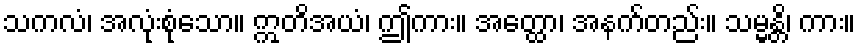
သကလံ၊ အလုံးစုံသော။ ဣတိအယံ၊ ဤကား။ အတ္ထော၊ အနက်တည်း။ သမ္မန္တိ၊ ကား။